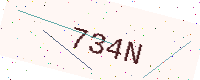
Text: 734N